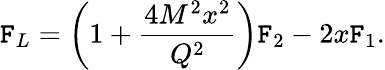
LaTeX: \mathtt{F}_{L}=\left(1+\frac{{4M^{2}x^{2}}}{{Q^{2}}}\right)\mathtt{F}_{2}-2x\mathtt{F}_{1}.